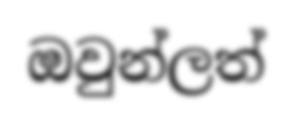
ඔවුන්ලත්